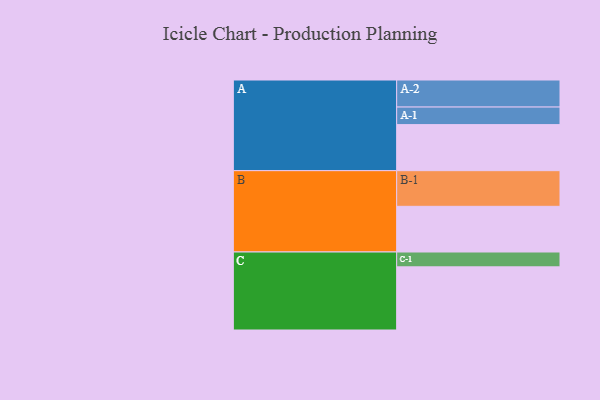
{"axis": {"x": "Segment", "y": "Value"}, "legend": ["", "A", "B", "C"], "data": [{"x": "A", "y": 385, "type": ""}, {"x": "B", "y": 382, "type": ""}, {"x": "C", "y": 528, "type": ""}, {"x": "A-1", "y": 147, "type": "A"}, {"x": "A-2", "y": 226, "type": "A"}, {"x": "B-1", "y": 298, "type": "B"}, {"x": "C-1", "y": 124, "type": "C"}]}